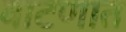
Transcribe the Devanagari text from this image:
वाटणात